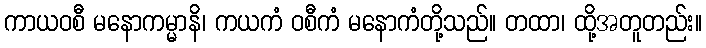
ကာယဝစီ မနောကမ္မာနိ၊ ကယကံ ဝစီကံ မနောကံတို့သည်။ တထာ၊ ထို့အတူတည်း။